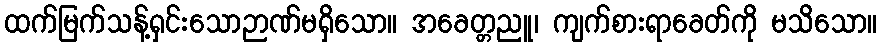
ထက်မြက်သန့်ရှင်းသောဉာဏ်မရှိသော။ အခေတ္တညူ၊ ကျက်စားရာခေတ်ကို မသိသော။